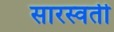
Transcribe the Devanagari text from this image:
सारस्वती